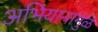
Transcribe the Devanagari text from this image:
अभियानामुळे